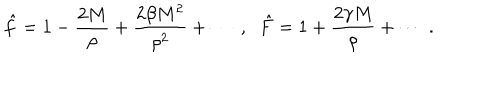
\hat { f } = 1 - \frac { 2 M } { \rho } + \frac { 2 \beta M ^ { 2 } } { \rho ^ { 2 } } + \cdots \; , \; \; \hat { F } = 1 + \frac { 2 \gamma M } { \rho } + \cdots \; .